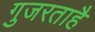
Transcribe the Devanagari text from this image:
गुजरताहै